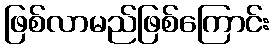
ဖြစ်လာမည်ဖြစ်ကြောင်း